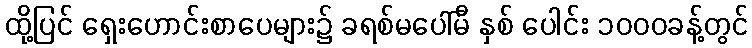
ထို့ပြင် ရှေးဟောင်းစာပေများ၌ ခရစ်မပေါ်မီ နှစ် ပေါင်း ၁၀၀၀ခန့်တွင်